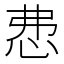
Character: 𢘍